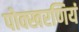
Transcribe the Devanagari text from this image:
पोक्खरणियं